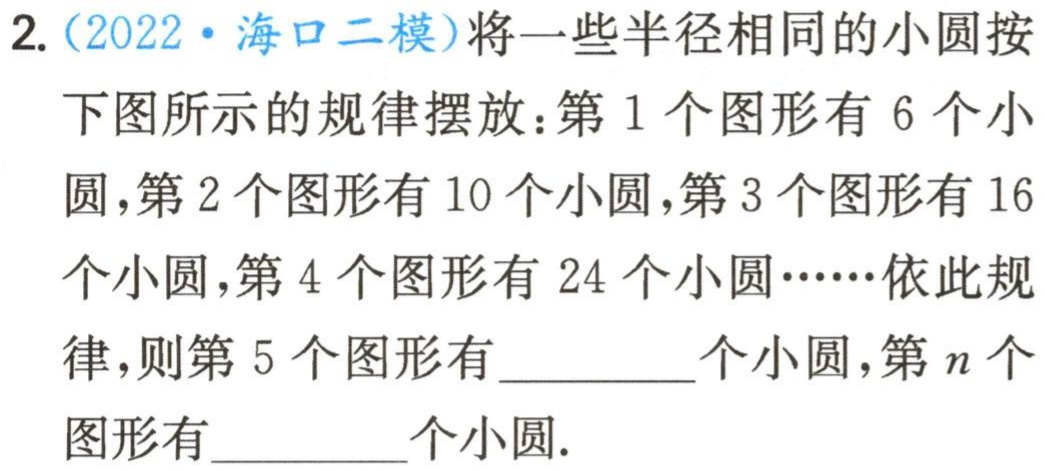
2.（2022·海口二模）将一些半径相同的小圆按
下图所示的规律摆放：第1个图形有6个小
圆，第2个图形有10个小圆，第3个图形有16
个小圆，第4个图形有24个小圆……依此规
律，则第5个图形有_________个小圆，第\(n\)个
图形有_________个小圆.